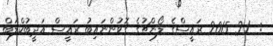
:  21